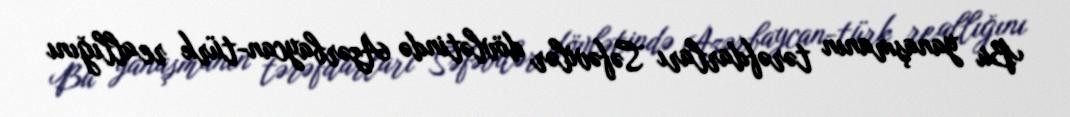
Bu yanaşmanın tərəfdarları Səfəvilər dövlətində Azərbaycan-türk reallığını